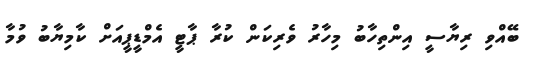
ބޭއްވި ރިޔާސީ އިންތިހާބު މިހާރު ވެރިކަން ކުރާ ޕާޓީ އެމްޑީޕީއަށް ކާމިޔާބު ވުމާ